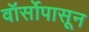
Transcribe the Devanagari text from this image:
वॉर्सोपासून